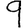
Digit: 9